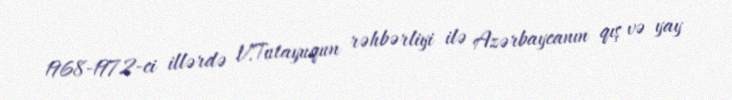
1968-1972-ci illərdə V.Tutayuqun rəhbərliyi ilə Azərbaycanın qış və yay